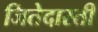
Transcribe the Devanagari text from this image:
जितेदास्ती